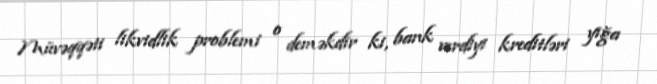
Müvəqqəti likvidlik problemi o deməkdir ki, bank verdiyi kreditləri yığa